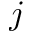
j